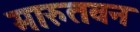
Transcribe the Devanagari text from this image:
मारुतवन